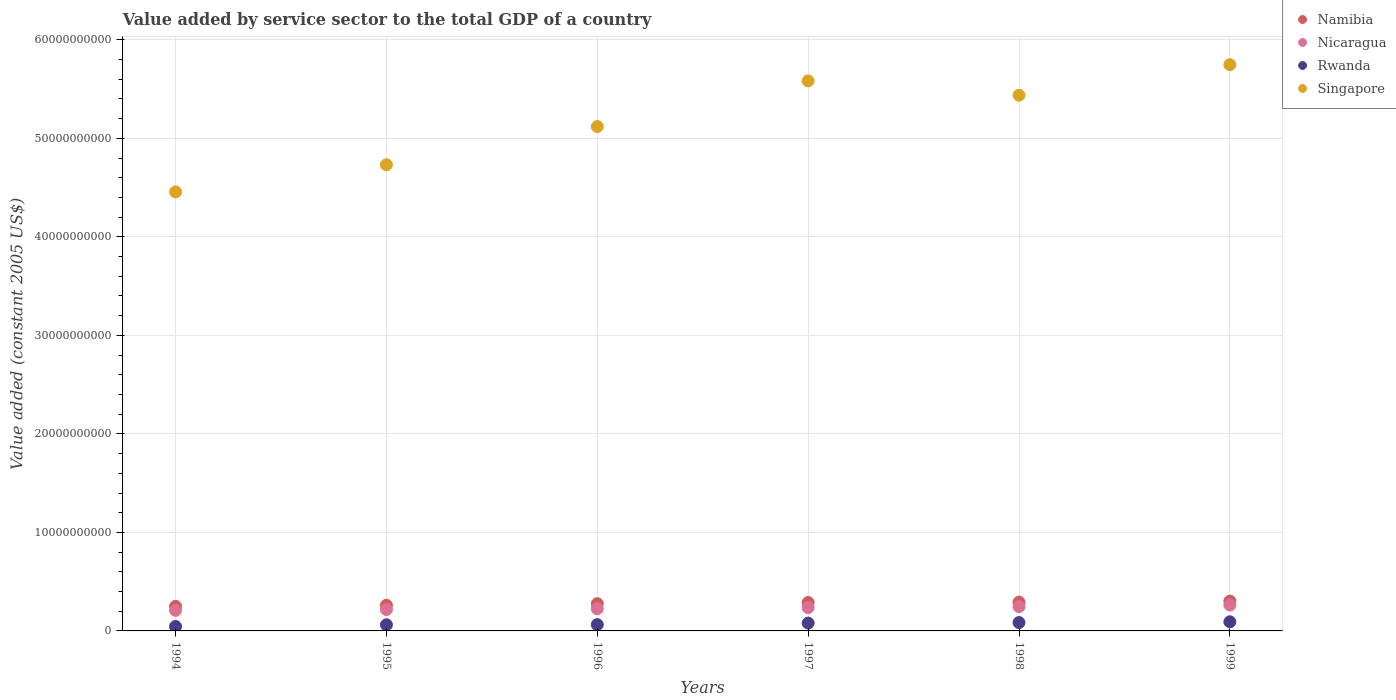
| Years | Namibia | Nicaragua | Rwanda | Singapore |
 | --- | --- | --- | --- | --- |
 | 1994 | 2.49e+09 | 2.08e+09 | 4.53e+08 | 4.46e+10 |
 | 1995 | 2.61e+09 | 2.17e+09 | 6.21e+08 | 4.73e+10 |
 | 1996 | 2.77e+09 | 2.26e+09 | 6.41e+08 | 5.12e+10 |
 | 1997 | 2.88e+09 | 2.37e+09 | 7.98e+08 | 5.58e+10 |
 | 1998 | 2.92e+09 | 2.47e+09 | 8.5e+08 | 5.44e+10 |
 | 1999 | 3.03e+09 | 2.63e+09 | 9.25e+08 | 5.75e+10 |